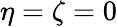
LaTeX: \eta=\zeta=0